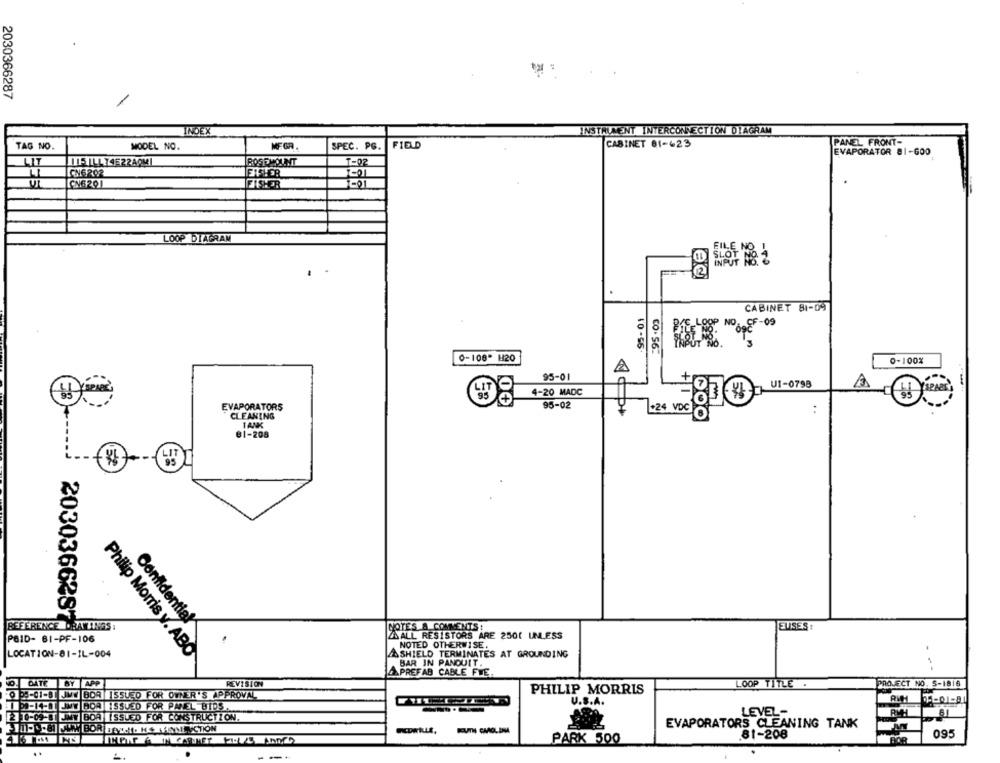
2030366287
INDEX
INSTRUMENT INTERCONNECTION DIAGRAM
TAG NO.
MODEL NO.
MF GR .
SPEC. PG.
FIELD
CABINET 81-423
PANEL FRONT-
EVAPORATOR 81-GOO
LIT
ITE ILL74522AQMI
ROSEMOUNT
T-02
CN6202
FISHER
CN6201
FISHER
LOOP DIAGRAM
CABINET 81-09
899%
10-55.
CO. 56-
0-108* H20
0-100%
A
95-01
UI-0798
A
4-20 MADC
00
EVAPORATORS
95-02
+24 VDC
:
CLEANING
O
GOO
TANK
81-208
REFERENCE DRAWINGS:
Confidential
NOTES & COMMENTS:
EUSES
20303662877
PAID- 61-PF-106
ZSALL RESISTORS ARE 2500 UNLESS
NOTED OTHERWISE.
LOCATION-81-IL-004
Philip Morris y. ABO
&SHIELD TERMINATES AT GROUNDING
BAR IN PANOUIT.
PREFAB CABLE FWE
DATE
BY APP
REVISIÓN
LOOP TITLE
PROJECT NO. S-1816
0 05-01-81 JMY BOA ISSUED FOR OWNER'S APPROVAL
PHILIP MORRIS
U.S.A.
-14- JWY BOA ISSUED FOR PANEL BIDS.
---
21-09-81 JNY BOA ISSUED FOR CONSTRUCTION.
LEVEL-
EVAPORATORS CLEANING TANK
PARK 500
81-208
095